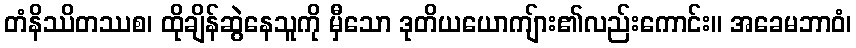
တံနိဿိတဿစ၊ ထိုချိန်ဆွဲနေသူကို မှီသော ဒုတိယယောကျ်ား၏လည်းကောင်း။ အခေမဘာဝံ၊